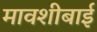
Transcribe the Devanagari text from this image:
मावशीबाई